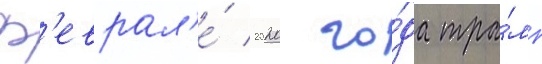
ф'еврал'е́ 2020 го́да тра́мп